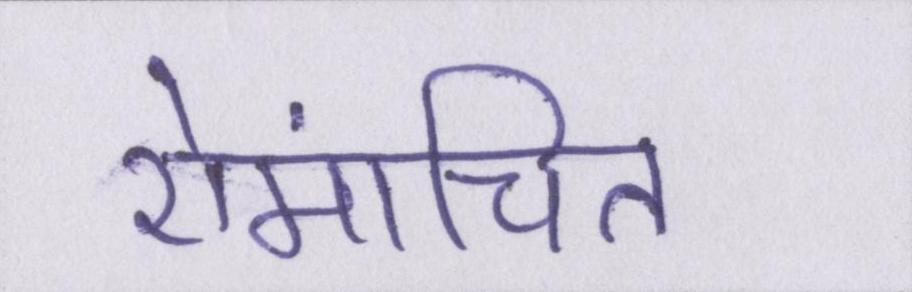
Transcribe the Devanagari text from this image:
रोमांचित